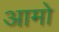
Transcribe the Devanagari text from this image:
आमो